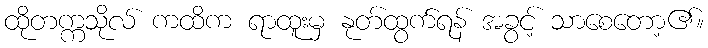
ထိုတက္ကသိုလ် ကထိက ရာထူးမှ နုတ်ထွက်ရန် အခွင့် သာစေတော့၏။